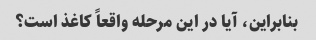
بنابراین، آیا در این مرحله واقعاً کاغذ است؟